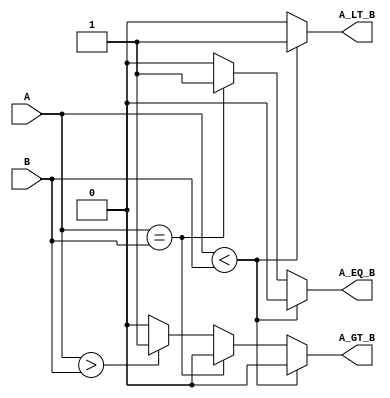
module ParameterizedComparator #(
    parameter WIDTH = 8  // Default bit-width, can be overridden
) (
    input  wire [WIDTH-1:0] A,  // First operand
    input  wire [WIDTH-1:0] B,  // Second operand
    output reg  A_LT_B,          // A is less than B
    output reg  A_EQ_B,          // A is equal to B
    output reg  A_GT_B           // A is greater than B
);

// Combinational logic
always @(*) begin
    // Initialize outputs to 0
    A_LT_B = 0;
    A_EQ_B = 0;
    A_GT_B = 0;

    // Compare A and B and set output flags accordingly
    if (A < B) begin
        A_LT_B = 1;
    end else if (A == B) begin
        A_EQ_B = 1;
    end else if (A > B) begin
        A_GT_B = 1;
    end
end

endmodule